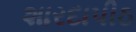
શારદાપીઠ